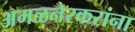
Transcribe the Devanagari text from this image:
अमळनेरकरांना